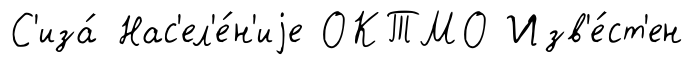
С'иза́ Нас'ел'е́н'иjе ОКТМО Изв'е́ст'ен